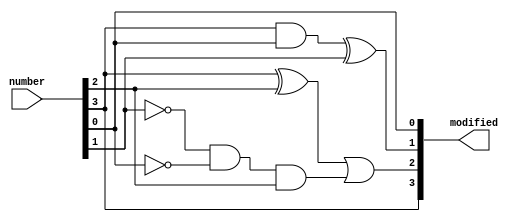
module twos_comp_output(
    input [3:0] number,
    output [3:0] modified
);

    assign modified[3]=number[3];
    assign modified[2]=(number[3]^number[2])|(~number[1]&&~number[0]&&number[2]);
    assign modified[1]=(number[3]&&number[0])^number[1];
    assign modified[0]=number[0];
    
endmodule